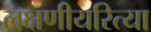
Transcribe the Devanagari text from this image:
लक्षणीयरित्या